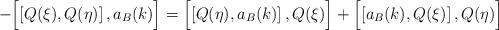
LaTeX: \begin{align*} - \Bigl[ \left[ Q(\xi) , Q(\eta) \right] , a_B (k) \Bigr] = \Bigl[ \left[ Q(\eta) , a_B (k) \right] , Q(\xi) \Bigr] + \Bigl[ \left[ a_B (k) , Q(\xi) \right] , Q(\eta) \Bigr]\end{align*}